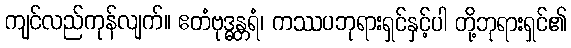
ကျင်လည်ကုန်လျက်။ ဧတံဗုဒ္ဓန္တရံ၊ ကဿပဘုရားရှင်နှင့်ပါ တို့ဘုရားရှင်၏